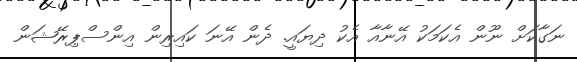
ނަގާކަށް ނޫން އެކަމަކު އޭނާއާ އެކު ދިޔައީ. ދެން އޭނަ ކައިރިން އިންސްޕިރޭޝަން